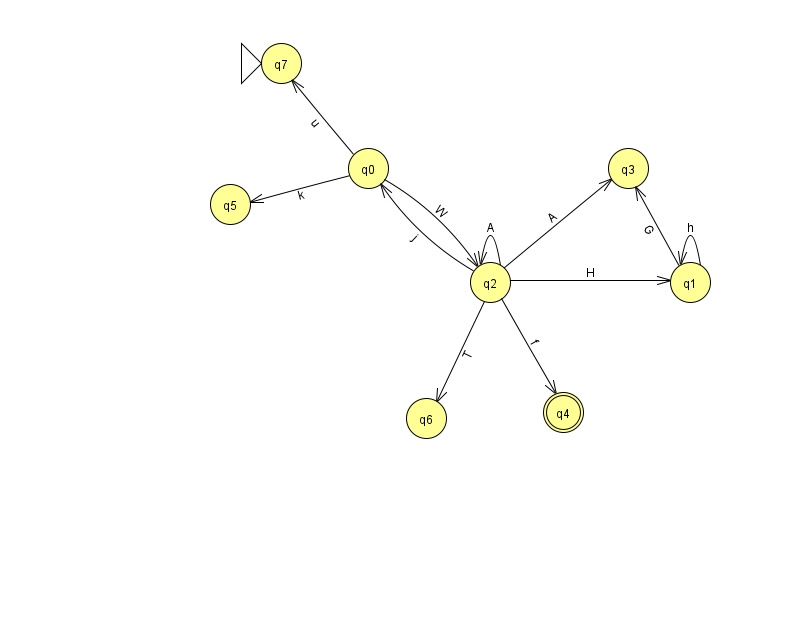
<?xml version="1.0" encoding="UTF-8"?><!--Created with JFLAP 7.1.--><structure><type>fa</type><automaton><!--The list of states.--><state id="0" name="q0"><x>368.0</x><y>155.0</y></state><state id="1" name="q1"><x>690.0</x><y>269.0</y></state><state id="2" name="q2"><x>490.0</x><y>269.0</y></state><state id="3" name="q3"><x>628.0</x><y>155.0</y></state><state id="4" name="q4"><x>563.0</x><y>399.0</y><final/></state><state id="5" name="q5"><x>230.0</x><y>191.0</y></state><state id="6" name="q6"><x>426.0</x><y>405.0</y></state><state id="7" name="q7"><x>281.0</x><y>50.0</y><initial/></state><!--The list of transitions.--><transition><from>2</from><to>2</to><read>A</read></transition><transition><from>2</from><to>4</to><read>f</read></transition><transition><from>1</from><to>3</to><read>G</read></transition><transition><from>2</from><to>0</to><read>j</read></transition><transition><from>2</from><to>1</to><read>H</read></transition><transition><from>1</from><to>1</to><read>h</read></transition><transition><from>0</from><to>2</to><read>W</read></transition><transition><from>2</from><to>3</to><read>A</read></transition><transition><from>2</from><to>6</to><read>T</read></transition><transition><from>0</from><to>5</to><read>k</read></transition><transition><from>0</from><to>7</to><read>u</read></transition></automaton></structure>